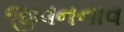
જીવનનાવ